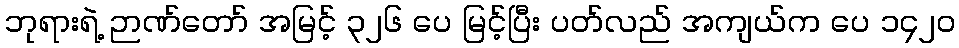
ဘုရားရဲ့ ဉာဏ်တော် အမြင့် ၃၂၆ ပေ မြင့်ပြီး ပတ်လည် အကျယ်က ပေ ၁၄၂၀